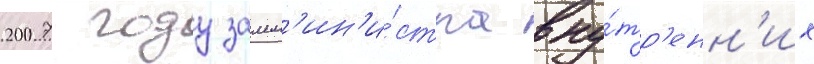
2007 году замм'ин'и́стра вну́тр'енн'их